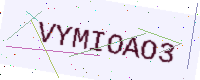
Text: VYMIOAO3